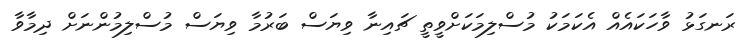
ރަނގަޅު ވާހަކައެއް އެކަމަކު މުސްލިމަކަށްވީތީ ޗައިނާ ވިޔަސް ބަރުމާ ވިޔަސް މުސްލިމުންނަށް ދިމާވާ